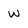
Character: w